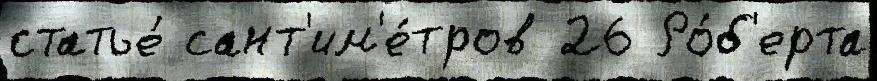
статье́ сант'им'е́тров 26 Ро́б'ерта